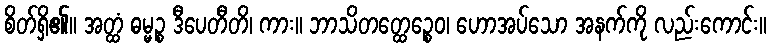
စိတ်ရှိ၏။ အတ္ထံ ဓမ္မဉ္စ ဒီပေတီတိ၊ ကား။ ဘာသိတတ္ထေဉ္စေဝ၊ ဟောအပ်သော အနက်ကို လည်းကောင်း။